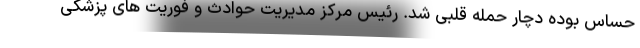
حساس بوده دچار حمله قلبی شد. رئیس مرکز مدیریت حوادث و فوریت های پزشکی